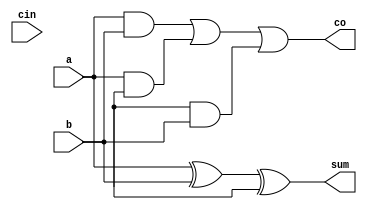
module full_adder_df(a,b,cin,sum,co);
  input a,b,cin;
  output sum,co;
  assign sum=a^b^c;  //xor(sum,a,b,c)
  assign co=(a&b)|(a&c)|(c&b);  // and(y1,a,b), and(y2,a,c), and(y3,c,b) ; or(co,y1,y2,y3)
endmodule